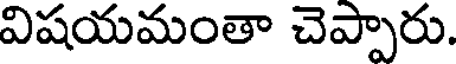
విషయమంతా చెప్పారు.